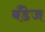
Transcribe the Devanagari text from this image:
बँडेज